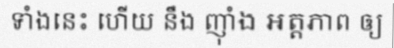
ទាំងនេះ ហើយ នឹង ញ៉ាំង ឣត្តភាព ឲ្យ